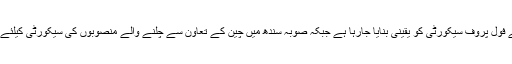
انہوں نے کہا کہ اقتصادی راہداری منصوبہ کے لئے فول پروف سیکورٹی کو یقینی بنایا جارہا ہے جبکہ صوبہ سندھ میں چین کے تعاون سے چلنے والے منصوبوں کی سیکورٹی کیلئے پولیس کا اسپیشل سیکورٹی یونٹ تشکیل دیا گیا ہے۔